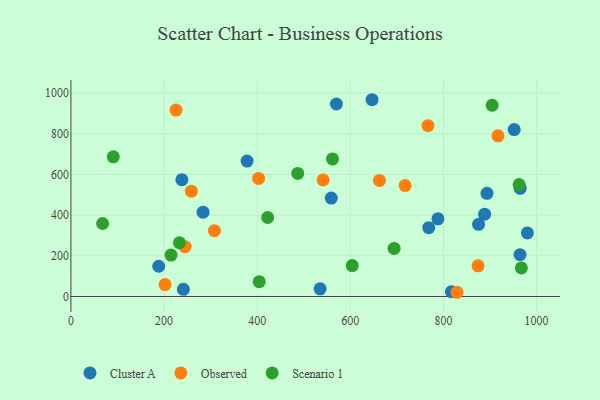
{"axis": {"x": "Ad Spend", "y": "Fuel Efficiency"}, "legend": ["Cluster A", "Observed", "Scenario 1"], "data": [{"x": "188.6", "y": 148.7, "type": "Cluster A"}, {"x": "888.4", "y": 404.6, "type": "Cluster A"}, {"x": "570.1", "y": 946.0, "type": "Cluster A"}, {"x": "951.9", "y": 820.3, "type": "Cluster A"}, {"x": "788.2", "y": 381.9, "type": "Cluster A"}, {"x": "964.8", "y": 531.4, "type": "Cluster A"}, {"x": "980.2", "y": 312.5, "type": "Cluster A"}, {"x": "875.4", "y": 354.7, "type": "Cluster A"}, {"x": "559.1", "y": 483.7, "type": "Cluster A"}, {"x": "893.5", "y": 506.8, "type": "Cluster A"}, {"x": "646.7", "y": 967.0, "type": "Cluster A"}, {"x": "964.4", "y": 205.4, "type": "Cluster A"}, {"x": "241.5", "y": 35.0, "type": "Cluster A"}, {"x": "378.3", "y": 665.7, "type": "Cluster A"}, {"x": "535.1", "y": 37.9, "type": "Cluster A"}, {"x": "238.3", "y": 573.9, "type": "Cluster A"}, {"x": "817.0", "y": 23.6, "type": "Cluster A"}, {"x": "283.8", "y": 414.6, "type": "Cluster A"}, {"x": "768.4", "y": 338.2, "type": "Cluster A"}, {"x": "258.5", "y": 517.5, "type": "Observed"}, {"x": "403.0", "y": 580.1, "type": "Observed"}, {"x": "717.7", "y": 545.2, "type": "Observed"}, {"x": "874.3", "y": 150.5, "type": "Observed"}, {"x": "829.0", "y": 20.7, "type": "Observed"}, {"x": "245.1", "y": 244.5, "type": "Observed"}, {"x": "225.7", "y": 916.3, "type": "Observed"}, {"x": "766.7", "y": 839.6, "type": "Observed"}, {"x": "541.5", "y": 573.0, "type": "Observed"}, {"x": "917.1", "y": 789.4, "type": "Observed"}, {"x": "662.6", "y": 570.3, "type": "Observed"}, {"x": "202.2", "y": 58.7, "type": "Observed"}, {"x": "308.2", "y": 323.6, "type": "Observed"}, {"x": "215.0", "y": 203.3, "type": "Scenario 1"}, {"x": "962.5", "y": 550.2, "type": "Scenario 1"}, {"x": "967.3", "y": 140.6, "type": "Scenario 1"}, {"x": "604.1", "y": 152.0, "type": "Scenario 1"}, {"x": "694.1", "y": 236.1, "type": "Scenario 1"}, {"x": "233.1", "y": 264.1, "type": "Scenario 1"}, {"x": "904.6", "y": 939.9, "type": "Scenario 1"}, {"x": "422.6", "y": 388.1, "type": "Scenario 1"}, {"x": "91.0", "y": 686.5, "type": "Scenario 1"}, {"x": "561.7", "y": 676.0, "type": "Scenario 1"}, {"x": "404.4", "y": 72.9, "type": "Scenario 1"}, {"x": "68.1", "y": 358.6, "type": "Scenario 1"}, {"x": "487.0", "y": 604.8, "type": "Scenario 1"}]}